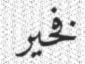
فخير